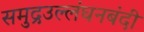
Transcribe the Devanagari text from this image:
समुद्रउल्लंघनबंदी